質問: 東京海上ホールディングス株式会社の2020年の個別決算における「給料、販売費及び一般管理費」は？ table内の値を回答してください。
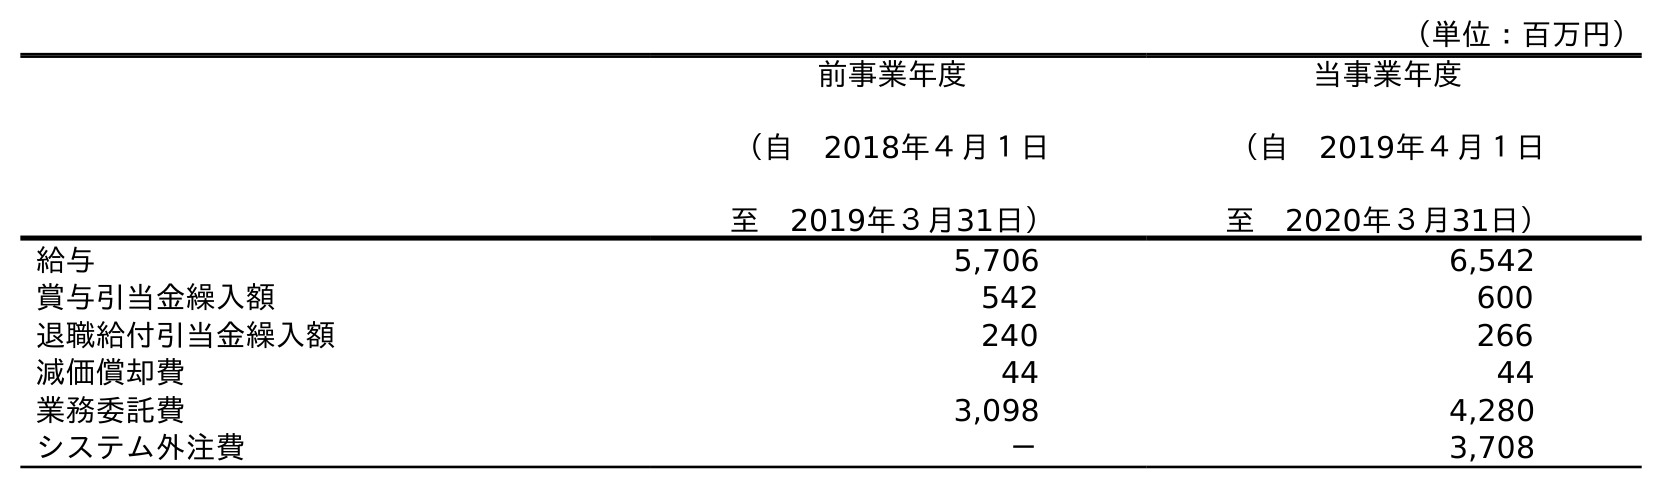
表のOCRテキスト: （単位：百万円） 前事業年度 （自 2018年４月１日 至 2019年３月31日） 当事業年度 （自 2019年４月１日 至 2020年３月31日） 給与 5,706 6,542 賞与引当金繰入額 542 600 退職給付引当金繰入額 240 266 減価償却費 44 44 業務委託費 3,098 4,280 システム外注費 － 3,708
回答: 6,542